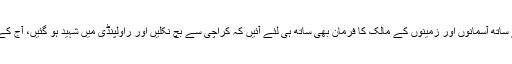
یہ ہماری آخری ملاقات تھی، اس کے بعد وہ جب 2007ء میں واپس آئیں تو اپنے ساتھ آسمانوں اور زمینوں کے مالک کا فرمان بھی ساتھ ہی لئے آئیں کہ کراچی سے بچ نکلیں اور راولپنڈی میں شہید ہو گئیں، آج کے حالات میں ان کو بہت یاد کیا جا رہا ہے کہ ان کی ضرورت محسوس ہوتی ہے۔